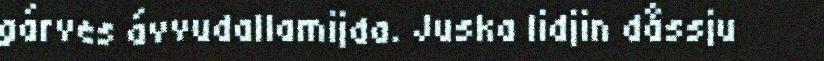
gárves ávvudallamijda. Juska lidjin dåssju